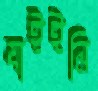
যাইইনি